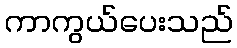
ကာကွယ်ပေးသည်